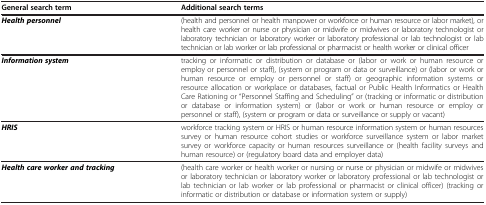
<table><thead><tr><td><b>General search term</b></td><td><b>Additional search terms</b></td></tr></thead><tbody><tr><td><b><i>Health personnel</i></b></td><td>(health and personnel or health manpower or workforce or human resource or labor market), or health care worker or nurse or physician or midwife or midwives or laboratory technologist or laboratory technician or laboratory worker or laboratory professional or lab technologist or lab technician or lab worker or lab professional or pharmacist or health worker or clinical officer</td></tr><tr><td><b><i>Information system</i></b></td><td>tracking or informatic or distribution or database or (labor or work or human resource or employ or personnel or staff), (system or program or data or surveillance) or (labor or work or human resource or employ or personnel or staff) or geographic information systems or resource allocation or workplace or databases, factual or Public Health Informatics or Health Care Rationing or “Personnel Staffing and Scheduling” or (tracking or informatic or distribution or database or information system) or (labor or work or human resource or employ or personnel or staff), (system or program or data or surveillance or supply or vacant)</td></tr><tr><td><b><i>HRIS</i></b></td><td>workforce tracking system or HRIS or human resource information system or human resources survey or human resource cohort studies or workforce surveillance system or labor market survey or workforce capacity or human resources surveillance or (health facility surveys and human resource) or (regulatory board data and employer data)</td></tr><tr><td><b><i>Health care worker and tracking</i></b></td><td>(health care worker or health worker or nursing or nurse or physician or midwife or midwives or laboratory technician or laboratory worker or laboratory professional or lab technologist or lab technician or lab worker or lab professional or pharmacist or clinical officer) (tracking or informatic or distribution or database or information system or supply)</td></tr></tbody></table>